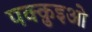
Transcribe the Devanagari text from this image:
पक्क़ुइओ